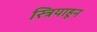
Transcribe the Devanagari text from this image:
स्त्रियाहून